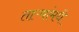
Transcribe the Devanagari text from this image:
ताऱ्यांमधे